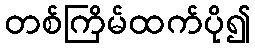
တစ်ကြိမ်ထက်ပို၍